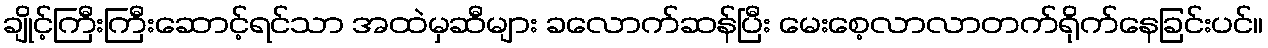
ချိုင့်ကြီးကြီးဆောင့်ရင်သာ အထဲမှဆီများ ခလောက်ဆန်ပြီး မေးစေ့လာလာတက်ရိုက်နေခြင်းပင်။